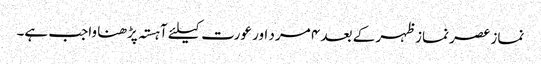
نماز عصر نماز ظہر کے بعد ۴ مرد اور عورت کیلئے آہستہ پڑھنا واجب ہے۔